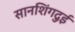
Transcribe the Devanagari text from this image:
सानशिंगदुई